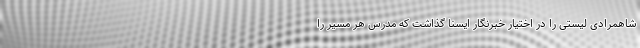
شاهمرادی لیستی را در اختیار خبرنگار ایسنا گذاشت که مدرس هر مسیر را